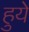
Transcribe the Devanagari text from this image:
हुयेे